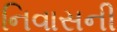
નિવાસની